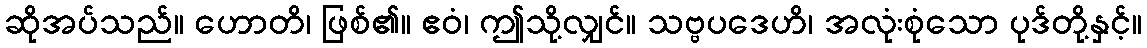
ဆိုအပ်သည်။ ဟောတိ၊ ဖြစ်၏။ ဧဝံ၊ ဤသို့လျှင်။ သဗ္ဗပဒေဟိ၊ အလုံးစုံသော ပုဒ်တို့နှင့်။